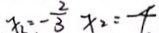
x _ { 2 } = - \frac { 2 } { 3 } x _ { 2 } = - 4